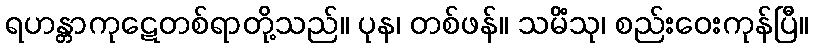
ရဟန္တာကုဋေတစ်ရာတို့သည်။ ပုန၊ တစ်ဖန်။ သမိံသု၊ စည်းဝေးကုန်ပြီ။